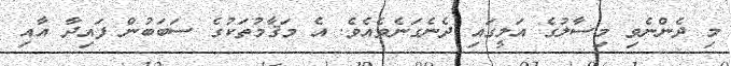
މި ދެންނެވި މިސާލުގެ އަލީގައި ދެނެގަނެވެއެވެ. އެ މަޤާމުތަކުގެ ސަބަބުން ފައިދާ އާއި